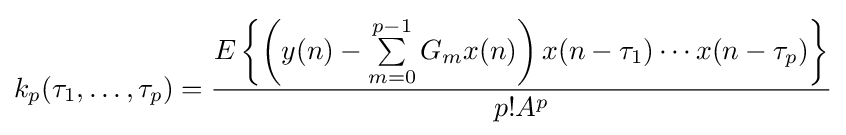
k_{p}(\tau _{1},\dots ,\tau _{p})={\frac {E\left\{\left(y(n)-\sum \limits _{m=0}^{p-1}G_{m}x(n)\right)x(n-\tau _{1})\cdots x(n-\tau _{p})\right\}}{p!A^{p}}}